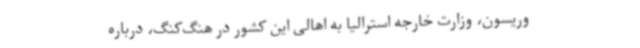
وریسون، وزارت خارجه استرالیا به اهالی این کشور در هنگ‌کنگ، درباره